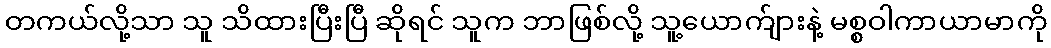
တကယ်လို့သာ သူ သိထားပြီးပြီ ဆိုရင် သူက ဘာဖြစ်လို့ သူ့ယောက်ျားနဲ့ မစ္စဝါကာယာမာကို